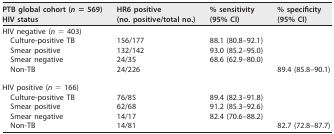
| PTB global cohort (n = 569) HIV status | HR6 positive (no. positive/total no.) | % sensitivity (95% CI) | % specificity (95% CI) |
 | --- | --- | --- | --- |
 | HIV negative (n = 403) |  |  |  |
 | Culture-positive TB | 156/177 | 88.1 (80.8–92.1) |  |
 | Smear positive | 132/142 | 93.0 (85.2–95.0) |  |
 | Smear negative | 24/35 | 68.6 (62.9–80.0) |  |
 | Non-TB | 24/226 |  | 89.4 (85.8–90.1) |
 | HIV positive (n = 166) |  |  |  |
 | Culture-positive TB | 76/85 | 89.4 (82.3–91.8) |  |
 | Smear positive | 62/68 | 91.2 (85.3–92.6) |  |
 | Smear negative | 14/17 | 82.4 (70.6–88.2) |  |
 | Non-TB | 14/81 |  | 82.7 (72.8–87.7) |